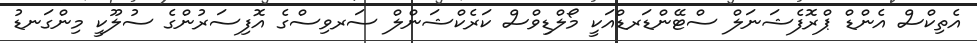
އެތިކްސް އެންޑް ޕްރޮފެޝަނަލް ސްޓޭންޑަރޑްއަކީ މޯލްޑިވްސް ކަރެކްޝަންލް ސަރވިސްގެ އޮފިސަރުންގެ ސުލޫކީ މިންގަނޑު